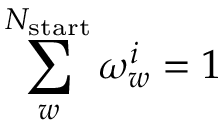
\sum _ { w } ^ { N _ { \mathrm { s t a r t } } } \omega _ { w } ^ { i } = 1